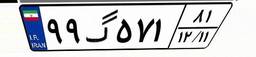
۵۸گ۵۶۷۱۶